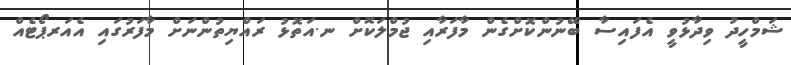
ޝަމްހީދު ވިދާޅުވީ އެފައިސާ ބޭނުންކޮށްގެން މާފަރާއި ޖުމްލަކޮށް ނ.އަތޮޅު ރައްޔިތުންނަށް މާފަރުގައި އެއަރޕޯޓެއް